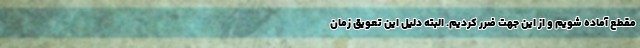
مقطع آماده شویم و از این جهت ضرر کردیم. البته دلیل این تعویق زمان